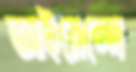
আইয়েন্দে